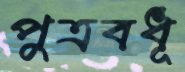
পুত্রবধূ